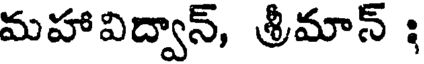
మహావిద్వాన్, శ్రీమాన్ ;